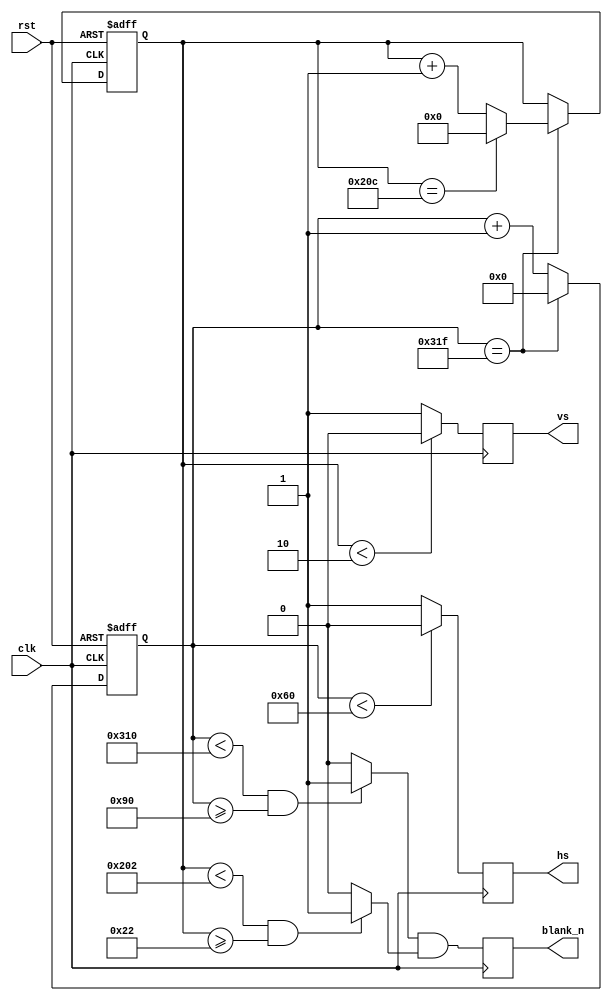
/*
--VGA Timing
--Horizontal :
--                ______________                 _____________
--               |              |               |
--_______________|  VIDEO       |_______________|  VIDEO (next line)

--___________   _____________________   ______________________
--           |_|                     |_|
--            B <-C-><----D----><-E->
--           <------------A--------->
--The Unit used below are pixels;  
--  B->Sync_cycle                   :H_sync_cycle
--  C->Back_porch                   :hori_back
--  D->Visable Area
--  E->Front porch                  :hori_front
--  A->horizontal line total length :hori_line
--Vertical :
--               ______________                 _____________
--              |              |               |          
--______________|  VIDEO       |_______________|  VIDEO (next frame)
--
--__________   _____________________   ______________________
--          |_|                     |_|
--           P <-Q-><----R----><-S->
--          <-----------O---------->
--The Unit used below are horizontal lines;  
--  P->Sync_cycle                   :V_sync_cycle
--  Q->Back_porch                   :vert_back
--  R->Visable Area
--  S->Front porch                  :vert_front
--  O->vertical line total length :vert_line
*/

module vsg
(
	input wire rst,
	input wire clk,
	output reg blank_n,
	output reg hs,
	output reg vs
);
	// 640x480 visible resolution
	parameter hori_line    = 800;                           
	parameter hori_back    = 144;
	parameter hori_front   = 16;
	parameter vert_line    = 525;
	parameter vert_back    = 34;
	parameter vert_front   = 11;
	parameter H_sync_cycle = 96;
	parameter V_sync_cycle = 2;

	reg  [10:0] h_cnt;
	reg  [9:0]  v_cnt;
	wire        c_hd, c_vd, c_blank_n;
	wire        h_valid, v_valid;

	always @ (negedge clk, posedge rst) begin
		if (rst) begin
			h_cnt <= 0;
			v_cnt <= 0;
		end
		else begin
			if (h_cnt == hori_line - 1) begin 
				h_cnt <= 0;
				if (v_cnt == vert_line - 1)
					v_cnt <= 0;
				else
					v_cnt <= v_cnt + 1;
			end
			else
				h_cnt <= h_cnt + 1;
		end
	end

	assign c_hd = (h_cnt < H_sync_cycle) ? 0 : 1;
	assign c_vd = (v_cnt < V_sync_cycle) ? 0 : 1;

	assign h_valid = (h_cnt < (hori_line-hori_front) && h_cnt >= hori_back) ? 1 : 0;
	assign v_valid = (v_cnt < (vert_line-vert_front) && v_cnt >= vert_back) ? 1 : 0;

	assign c_blank_n = h_valid && v_valid;

	always @ (negedge clk) begin
		hs <= c_hd;
		vs <= c_vd;
		blank_n <= c_blank_n;
	end

endmodule